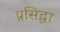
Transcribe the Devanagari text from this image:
प्रसिद्धा